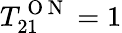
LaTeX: T_{21}^{\mathrm{~O~N~}}=1